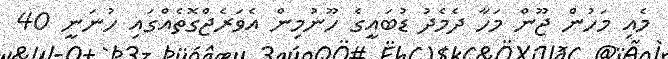
މެއި މަހުން ޖޫން މަހާ ދެމެދު ޑުބައީގެ ހޫނުމިން އެވަރެޖްގޮތެއްގައި ހުނަނީ 40